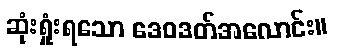
ဆုံးရှုံးရသော ဒေဝဒတ်အလောင်း။